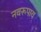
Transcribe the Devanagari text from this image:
नवरूपाय